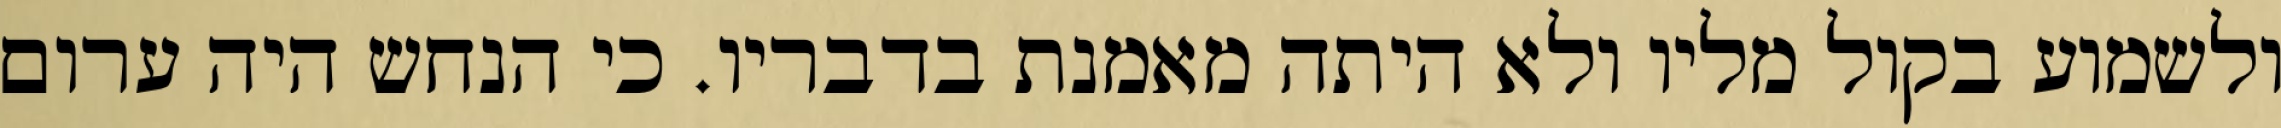
ולשמוע בקול מליו ולא היתה מאמנת בדבריו. כי הנחש היה ערום